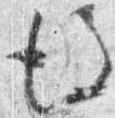
後